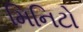
મિનિટો